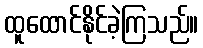
ထူထောင်နိုင်ခဲ့ကြသည်။